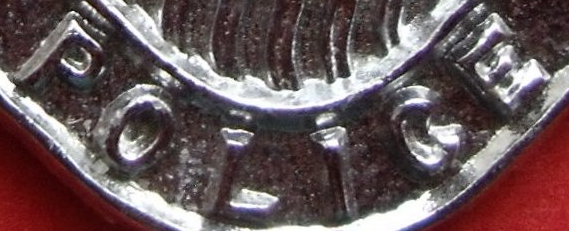
POLICE